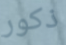
ذكور